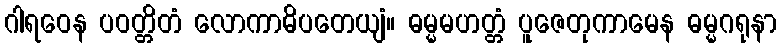
ဂါရဝေန ပဝတ္တိတံ လောကာဓိပတေယျံ။ ဓမ္မမဟတ္တံ ပူဇေတုကာမေန ဓမ္မဂရုနာ